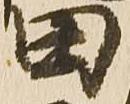
田